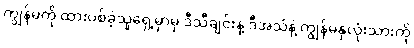
ကျွန်မကို ထားပစ်ခဲ့သူရှေ့မှာမှ ဒီသီချင်းနဲ့ ဒီအသံနဲ့ ကျွန်မနှလုံးသားကို